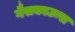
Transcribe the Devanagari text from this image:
गैसकाउन्स